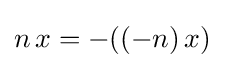
n\,x=-((-n)\,x)